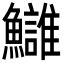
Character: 𩽀